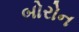
બોરોન